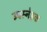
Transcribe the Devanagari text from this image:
उपस्नेहक